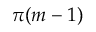
\pi ( m - 1 )